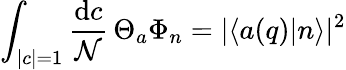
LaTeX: \int_{|c|=1}{\frac{\mathrm{d}c}{\mathcal{N}}}\, \Theta_{a}\Phi_{n}=|\langle a(q)|n\rangle|^{2}